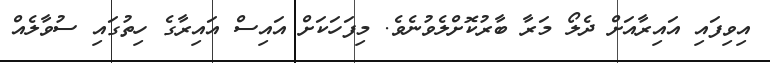
އިވިފައި އައިރާއަށް ދެލޯ މަރާ ބާރުކޮށްލެވުނެވެ. މިފަހަކަށް އައިސް އައިރާގެ ހިތުގައި ސުވާލެއް